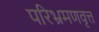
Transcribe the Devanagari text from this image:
परिभ्रमणवृत्त